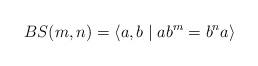
LaTeX: \begin{align*}BS(m,n) = \langle a,b \mid ab^m = b^na \rangle \end{align*}